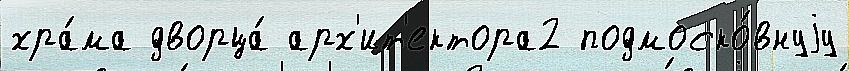
хра́ма дворца́ арх'ит'ектора2 подмоско́внуjу